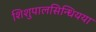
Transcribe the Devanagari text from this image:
शिशुपालसिन्धियया